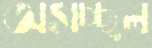
অসচ্ছল